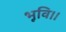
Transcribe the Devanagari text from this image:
भूवि।।